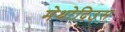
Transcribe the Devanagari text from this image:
मेथोदिउस